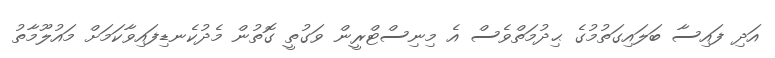
އަދި ފައިސާ ބަލައިގަތުމުގެ ޙިދުމަތްވެސް އެ މިނިސްޓްރީން ވަގުތީ ގޮތުން މެދުކެނޑިފައިވާކަމަށް މައުލޫމާތު